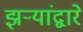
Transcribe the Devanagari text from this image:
झऱ्यांद्वारे